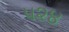
૫૨૪